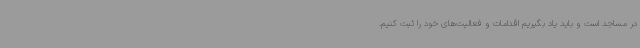
در مساجد است و باید یاد بگیریم اقدامات و فعالیت‌های خود را ثبت کنیم.